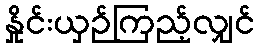
နှိုင်းယှဉ်ကြည့်လျှင်